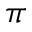
\pi